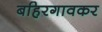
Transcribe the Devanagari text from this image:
बहिरगावकर